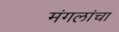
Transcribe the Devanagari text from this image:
मंगलांचा